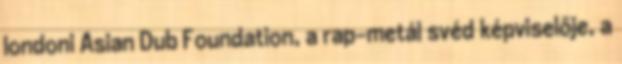
londoni Asian Dub Foundation, a rap-metál svéd képviselője, a